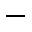
-